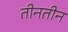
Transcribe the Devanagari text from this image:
तीनतीन